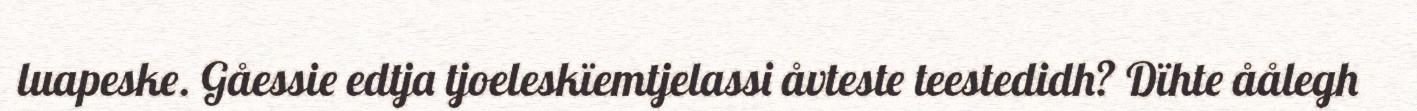
luapeske. Gåessie edtja tjoeleskïemtjelassi åvteste teestedidh? Dïhte åålegh